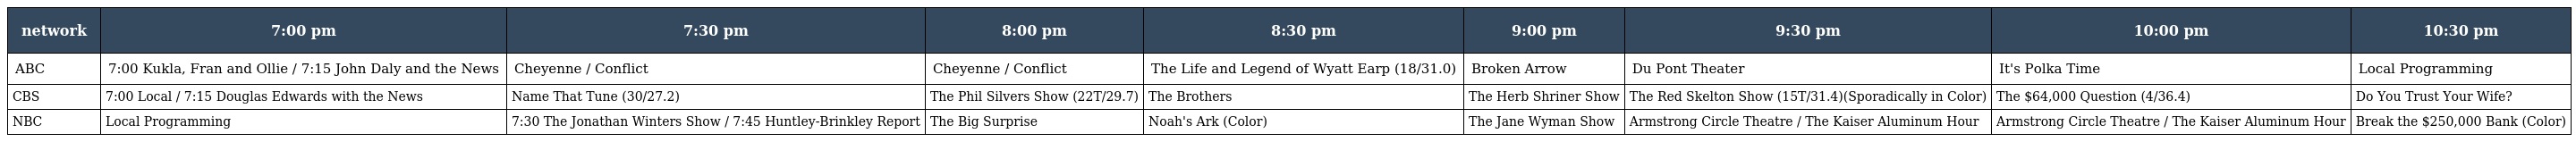
| network | 7:00 pm | 7:30 pm | 8:00 pm | 8:30 pm | 9:00 pm | 9:30 pm | 10:00 pm | 10:30 pm |
 | --- | --- | --- | --- | --- | --- | --- | --- | --- |
 | ABC | 7:00 Kukla, Fran and Ollie / 7:15 John Daly and the News | Cheyenne / Conflict | Cheyenne / Conflict | The Life and Legend of Wyatt Earp (18/31.0) | Broken Arrow | Du Pont Theater | It's Polka Time | Local Programming |
 | CBS | 7:00 Local / 7:15 Douglas Edwards with the News | Name That Tune (30/27.2) | The Phil Silvers Show (22T/29.7) | The Brothers | The Herb Shriner Show | The Red Skelton Show (15T/31.4)(Sporadically in Color) | The $64,000 Question (4/36.4) | Do You Trust Your Wife? |
 | NBC | Local Programming | 7:30 The Jonathan Winters Show / 7:45 Huntley-Brinkley Report | The Big Surprise | Noah's Ark (Color) | The Jane Wyman Show | Armstrong Circle Theatre / The Kaiser Aluminum Hour | Armstrong Circle Theatre / The Kaiser Aluminum Hour | Break the $250,000 Bank (Color) |